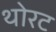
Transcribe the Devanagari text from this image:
थोरट